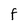
Character: f